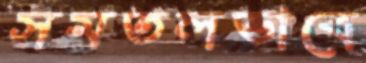
সমতলভাবে